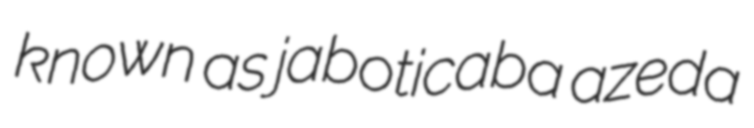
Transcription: known as jaboticaba azeda